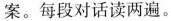
案。 每段对话读两遍。